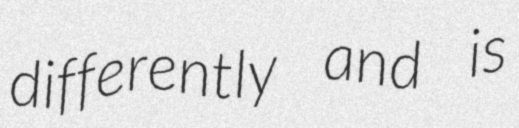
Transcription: differently and is